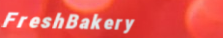
FreshBakery